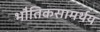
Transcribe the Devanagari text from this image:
भौतिकसामर्थय